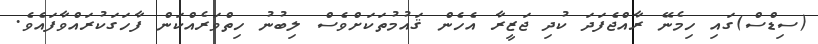
(ސިޑްސް)ގައި ހިމެނޭ ރާއްޖެފަދަ ކުދި ޖަޒީރާ އެހެން ޤައުމުތަކަށްވެސް ލިބުނު ހިތްވަރެއްކަން ފާހަގަކުރައްވާފައެވެ.